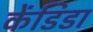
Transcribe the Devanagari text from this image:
केंडिडा